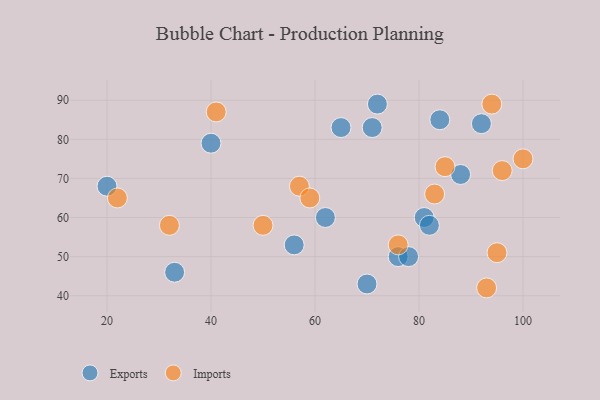
{"axis": {"x": "GDP", "y": "Life Expectancy"}, "legend": ["Exports", "Imports"], "data": [{"x": "56", "y": 53, "type": "Exports"}, {"x": "81", "y": 60, "type": "Exports"}, {"x": "76", "y": 50, "type": "Exports"}, {"x": "20", "y": 68, "type": "Exports"}, {"x": "70", "y": 43, "type": "Exports"}, {"x": "71", "y": 83, "type": "Exports"}, {"x": "40", "y": 79, "type": "Exports"}, {"x": "78", "y": 50, "type": "Exports"}, {"x": "62", "y": 60, "type": "Exports"}, {"x": "82", "y": 58, "type": "Exports"}, {"x": "33", "y": 46, "type": "Exports"}, {"x": "88", "y": 71, "type": "Exports"}, {"x": "84", "y": 85, "type": "Exports"}, {"x": "65", "y": 83, "type": "Exports"}, {"x": "92", "y": 84, "type": "Exports"}, {"x": "72", "y": 89, "type": "Exports"}, {"x": "94", "y": 89, "type": "Imports"}, {"x": "93", "y": 42, "type": "Imports"}, {"x": "96", "y": 72, "type": "Imports"}, {"x": "41", "y": 87, "type": "Imports"}, {"x": "85", "y": 73, "type": "Imports"}, {"x": "32", "y": 58, "type": "Imports"}, {"x": "95", "y": 51, "type": "Imports"}, {"x": "50", "y": 58, "type": "Imports"}, {"x": "100", "y": 75, "type": "Imports"}, {"x": "83", "y": 66, "type": "Imports"}, {"x": "76", "y": 53, "type": "Imports"}, {"x": "57", "y": 68, "type": "Imports"}, {"x": "59", "y": 65, "type": "Imports"}, {"x": "22", "y": 65, "type": "Imports"}]}